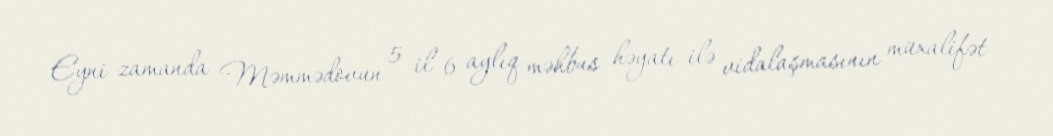
Eyni zamanda Məmmədovun 5 il 6 aylıq məhbus həyatı ilə vidalaşmasının müxalifət